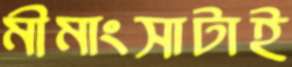
মীমাংসাটাই